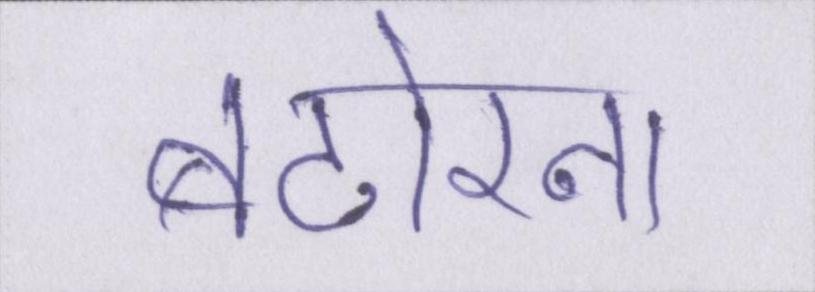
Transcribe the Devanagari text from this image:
बटोरना